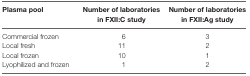
| Plasma pool | Number of laboratories in FXII:C study | Number of laboratories in FXII:Ag study |
 | --- | --- | --- |
 | Commercial frozen | 6 | 3 |
 | Local fresh | 11 | 2 |
 | Local frozen | 10 | 1 |
 | Lyophilized and frozen | 1 | 2 |